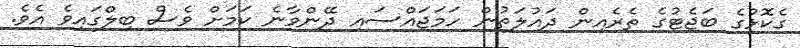
ގެކޮޅުގެ ބަޖެޓުގެ ތެރެއިން ދައުލަތުން ހަމަޖައްސައި ދޭންވާނެ ކަމަށް ވެސް ބިލްގައިވެ އެވެ.